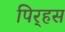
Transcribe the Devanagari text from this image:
पिर्‍हस